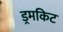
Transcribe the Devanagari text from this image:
ड्रमकिट